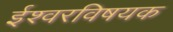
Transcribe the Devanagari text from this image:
ईश्वरविषयक